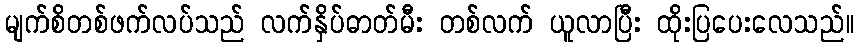
မျက်စိတစ်ဖက်လပ်သည် လက်နှိပ်ဓာတ်မီး တစ်လက် ယူလာပြီး ထိုးပြပေးလေသည်။